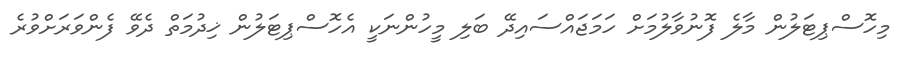
މިހޮސްޕިޓަލުން މާލެ ފޮނުވާލުމަށް ހަމަޖައްސައިދޭ ބަލި މީހުންނަކީ އެހޮސްޕިޓަލުން ޚިދުމަތް ދެވޭ ފެންވަރަށްވުރެ